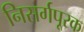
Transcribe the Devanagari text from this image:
निसर्गपूरक